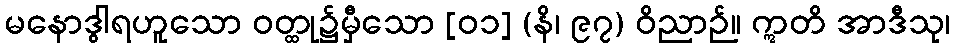
မနောဒွါရဟူသော ဝတ္ထု၌မှီသော [၀၁] (နိ၊ ၉၇) ဝိညာဉ်။ ဣတိ အာဒီသု၊